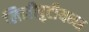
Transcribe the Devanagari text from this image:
लिलीपुटीयन्स